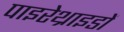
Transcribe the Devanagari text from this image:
पाइरेथ्राइडों